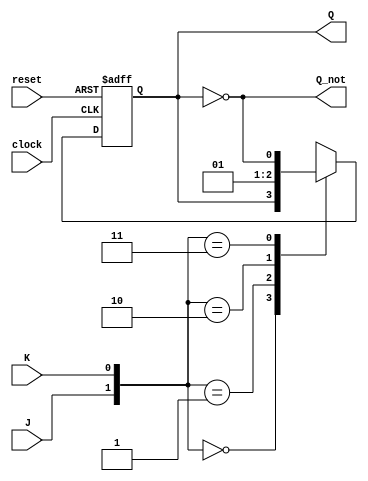
module  JK_ff_AR(Q,Q_not,J,K,clock,reset);
 output Q,Q_not;
 input J,K,clock,reset;
 reg Q;
 assign Q_not = ~Q;
 always@(posedge clock, negedge reset)
  if(reset==0) Q=1'b0;

  else 
        case({J,K})
	2'b00: Q <=Q;
	2'b01: Q <=1'b0;
	2'b10: Q <=1'b1;
	2'b11: Q <=~Q;
	endcase
endmodule